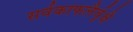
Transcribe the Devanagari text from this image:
सर्वकाफलैर्वृक्षै